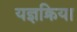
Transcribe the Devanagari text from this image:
यज्ञक्रिया